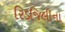
રિડજિલીના